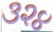
૩૨૪